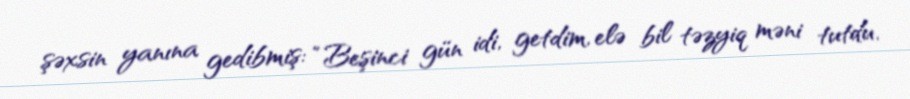
şəxsin yanına gedibmiş: “Beşinci gün idi, getdim, elə bil təzyiq məni tutdu.